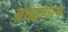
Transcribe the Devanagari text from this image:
ब्राह्मणत्य